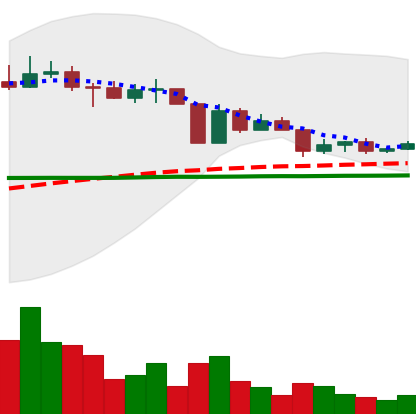
Ticker: ETC-USD
Chart end date: 2022-04-16
Forward return: -8.675%
Label: down_7plus